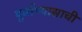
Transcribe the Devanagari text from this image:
पूर्वाभ्यासाची